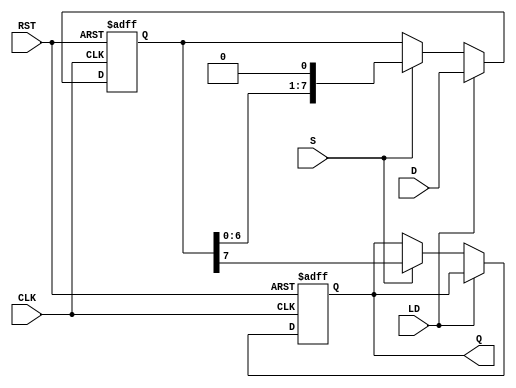
module PISO_Register #(
    parameter WIDTH = 8 // Define the width of the register (number of bits)
)(
    input wire [WIDTH-1:0] D,  // Parallel data input
    input wire LD,              // Load control signal
    input wire S,               // Shift control signal
    input wire CLK,             // Clock signal
    input wire RST,             // Asynchronous reset signal
    output reg Q                // Serial output
);

    reg [WIDTH-1:0] shift_reg;  // Shift register to hold data

    // Asynchronous reset and data loading
    always @(posedge CLK or posedge RST) begin
        if (RST) begin
            shift_reg <= {WIDTH{1'b0}}; // Clear the register on reset
            Q <= 1'b0;                  // Clear the output
        end else if (LD) begin
            shift_reg <= D;             // Load data into the register
        end else if (S) begin
            // Shift operation
            Q <= shift_reg[WIDTH-1];    // Output the MSB
            shift_reg <= {shift_reg[WIDTH-2:0], 1'b0}; // Shift left
        end
    end

endmodule